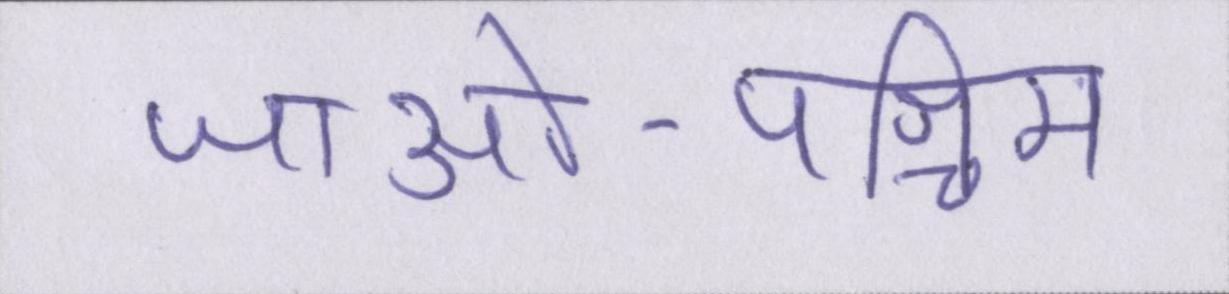
जाओ-पश्चिम